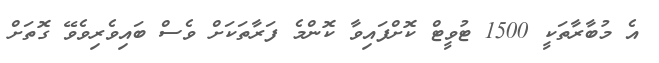
އެ މުބާރާތަކީ 1500 ޓުވީޓް ކޮށްފައިވާ ކޮންމެ ފަރާތަކަށް ވެސް ބައިވެރިވެވޭ ގޮތަށް